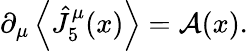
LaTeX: \partial_{\mu}\left\langle\hat{J}_{5}^{\mu}(x)\right\rangle={\cal A}(x).